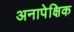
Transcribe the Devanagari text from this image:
अनापेक्षिक